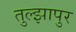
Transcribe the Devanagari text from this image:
तुल्झापुर